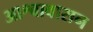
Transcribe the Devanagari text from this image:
आश्वावासन